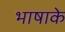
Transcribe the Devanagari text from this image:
भाषाके